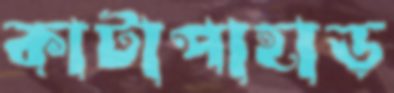
কাটাপাহাড়